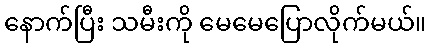
နောက်ပြီး သမီးကို မေမေပြောလိုက်မယ်။